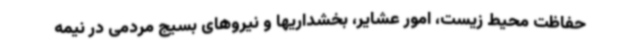
حفاظت محیط زیست، امور عشایر، بخشداریها و نیروهای بسیج مردمی در نیمه